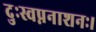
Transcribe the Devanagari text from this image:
दुःस्वप्ननाशनः।